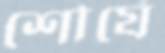
শৌর্যে